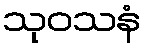
သုဝသနံ